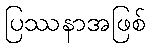
ပြဿနာအဖြစ်